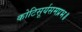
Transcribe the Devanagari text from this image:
कोटिसूर्यसमप्रभ॥